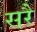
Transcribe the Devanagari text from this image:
सरै